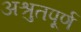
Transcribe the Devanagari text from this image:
अश्रुतपूर्ण